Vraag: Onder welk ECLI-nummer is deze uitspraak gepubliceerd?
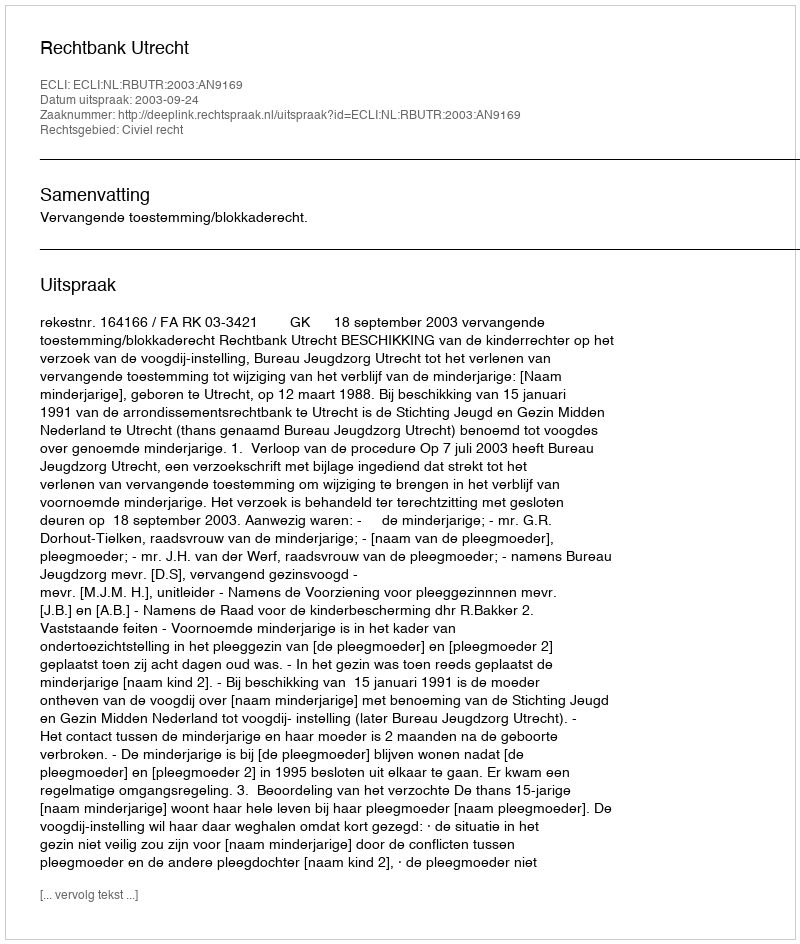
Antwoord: ECLI:NL:RBUTR:2003:AN9169